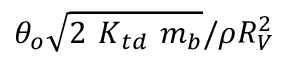
\theta _ { o } \sqrt { 2 { \ K } _ { t d } \ m _ { b } } / \rho R _ { V } ^ { 2 }